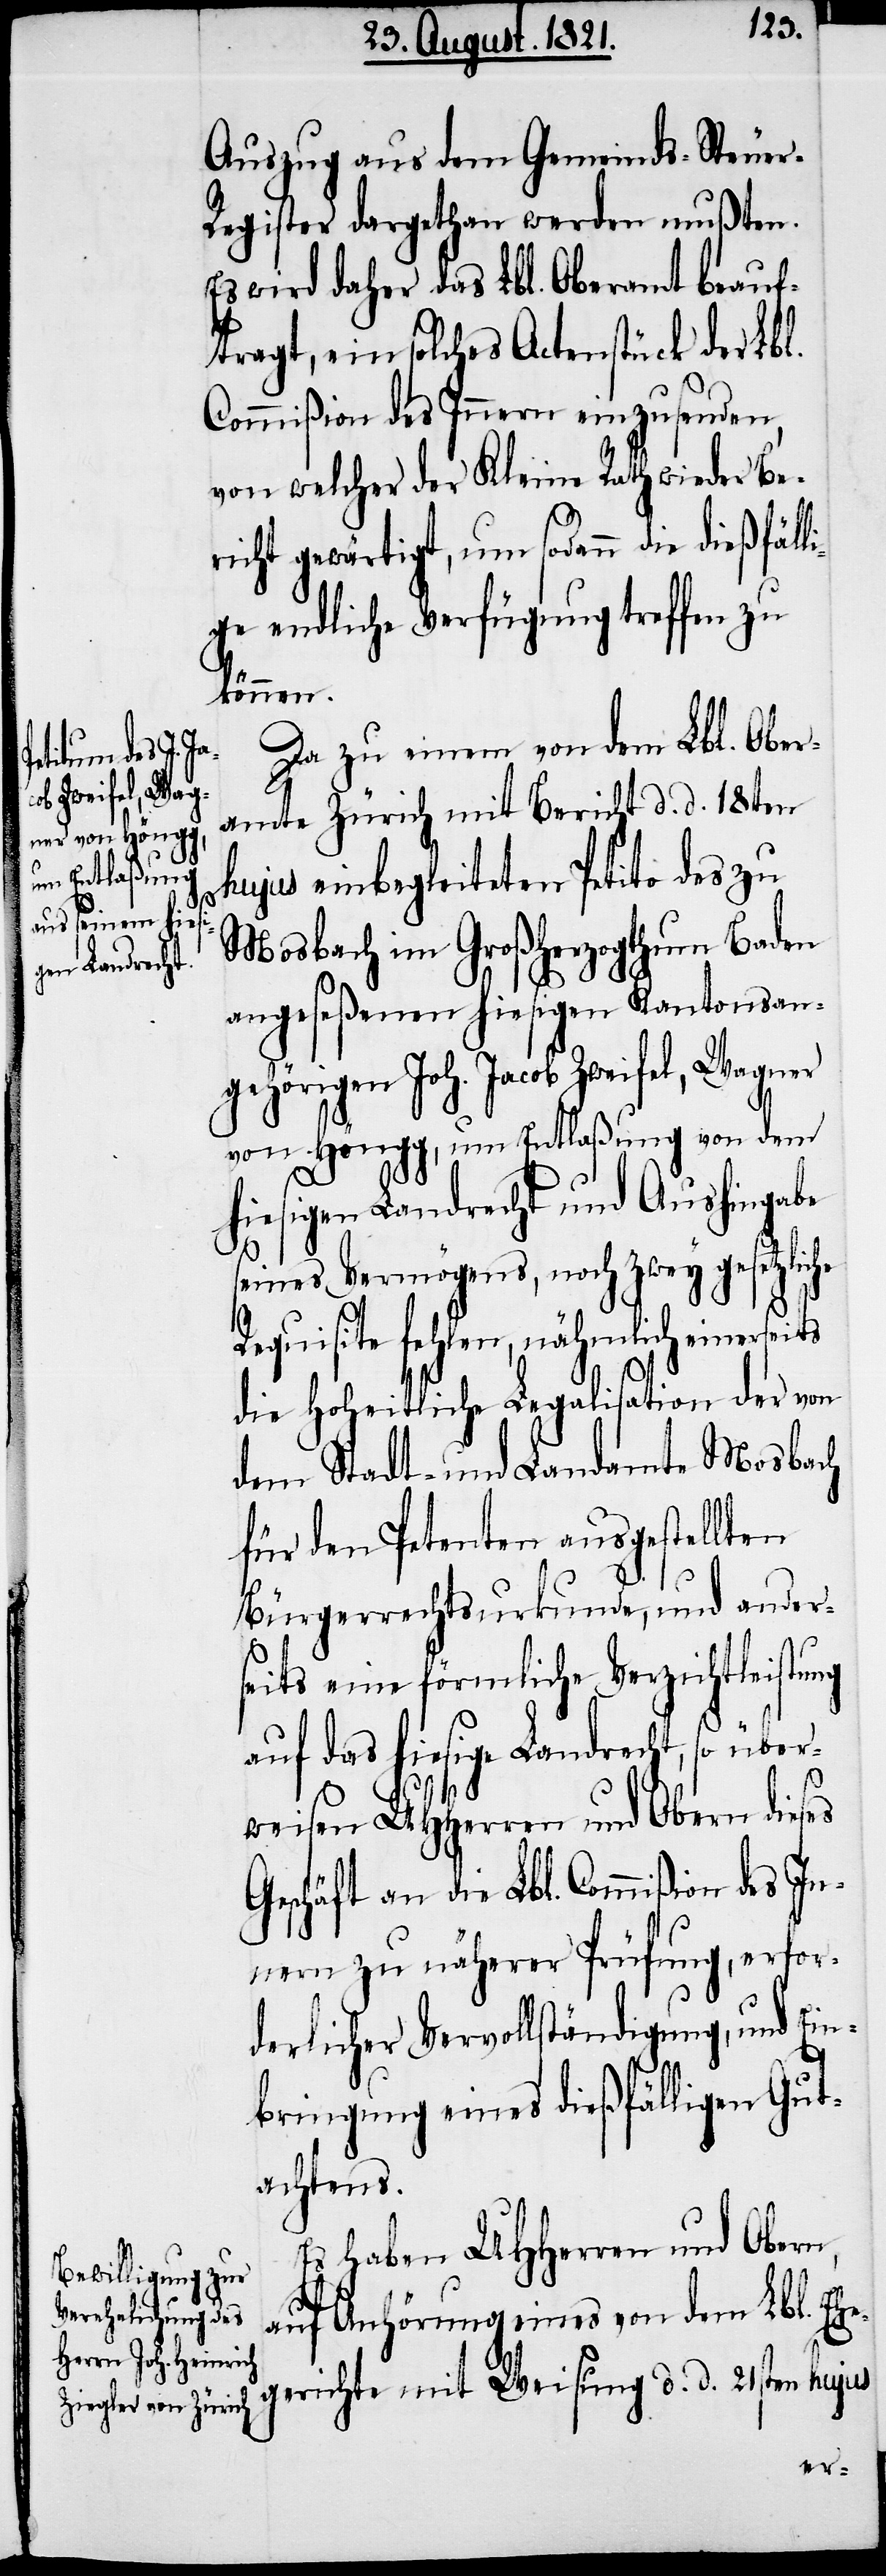
Auszug aus dem Gemeinds-Steuer-R¬
egister dargethan werden mußten.
Es wird daher das Lbl. Oberamt beauf¬
tragt, ein solches Actenstück der Lbl.
Commißion des Innern einzusenden,
von welcher der Kleine Rath wieder Be¬
richt gewärtigt, um sodann die dießfäll¬
ige endliche Verfügung treffen zu
können.
Da zu einem von dem Lbl. Ober¬
amte Zürich mit Bericht d. d. 18ten
hujus einbegleiteten Petito des zu
Moosbach im Großherzogthum Baden
angeseßenen hiesigen Kantonsan¬
gehörigen Joh. Jacob Zweifel, Wagner
von Höngg, um Entlaßung von dem
hiesigen Landrecht und Aushingabe
seines Vermögens, noch zwey gesetzlic¬
Requisite fehlen, nähmlich einerseits
die hoheitliche Legalisation der von
dem Stadt- und Landamte Moosbach
für den Petenten ausgestellten
Bürgerrechtsurkunde, und ander¬
seits eine förmliche Verzichtleistung
auf das hiesige Landrecht, so über¬
weisen UHHerren und Obern dieses
Geschäft an die Lbl. Commißion des In¬
nern zu näherer Prüfung, erfor¬
derlicher Vervollständigung, und Ein¬
bringung eines dießfälligen Gut¬
achtens.
Es haben UHHerren und Obern,
auf Anhörung eines von dem Lbl. Ehe¬
gerichte mit Weisung d. d. 21sten hujus
he